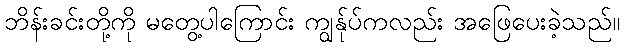
ဘိန်းခင်းတို့ကို မတွေ့ပါကြောင်း ကျွန်ုပ်ကလည်း အဖြေပေးခဲ့သည်။